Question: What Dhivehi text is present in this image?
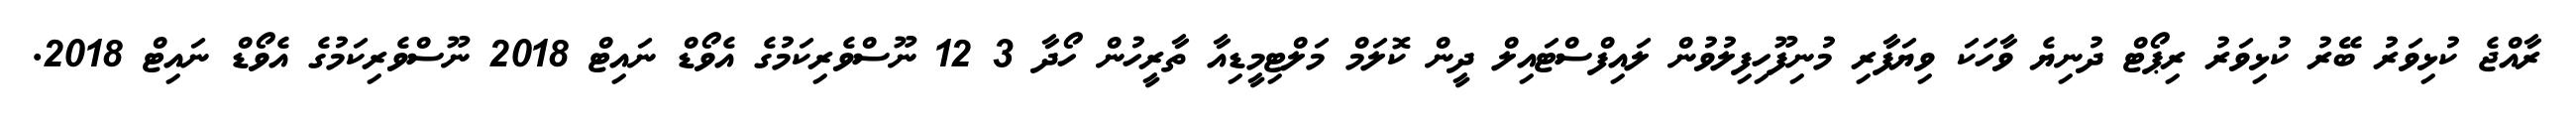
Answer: ރާއްޖެ ކުޅިވަރު ބޭރު ކުޅިވަރު ރިޕޯޓް ދުނިޔެ ވާހަކަ ވިޔަފާރި މުނިފޫހިފިލުވުން ލައިފްސްޓައިލް ދީން ކޮލަމް މަލްޓިމީޑިއާ ތާރީހުން ހޯދާ 3 12 ނޫސްވެރިކަމުގެ އެވޯޑް ނައިޓް 2018 ނޫސްވެރިކަމުގެ އެވޯޑް ނައިޓް 2018.